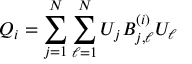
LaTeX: Q _ { i } = \sum _ { j = 1 } ^ { N } \sum _ { \ell = 1 } ^ { N } U _ { j } B _ { j , \ell } ^ { ( i ) } U _ { \ell }